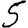
Digit: 5